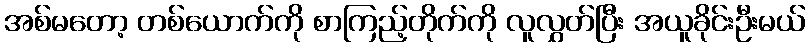
အစ်မတော့ တစ်ယောက်ကို စာကြည့်တိုက်ကို လူလွှတ်ပြီး အယူခိုင်းဦးမယ်